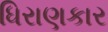
ધિરાણકાર